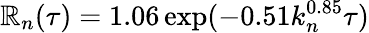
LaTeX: \mathbb{R}_{n}(\tau)=1.06\exp(-0.51k_{n}^{0.85}\tau)